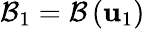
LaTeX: {\cal B}_{1}={\cal B}\left({\mathbf u}_{1}\right)